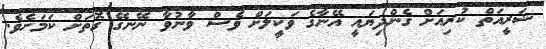
ޝަރީއަތް ކުރިއަށް ގެންދިޔައީ އޭނާގެ ވަކީލަށް ވެސް ވާނުވާ ނޭނގޭ ގޮތަށް ކަމަށެވެ.